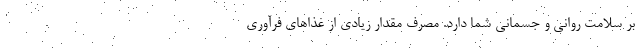
بر سلامت روانی و جسمانی شما دارد. مصرف مقدار زیادی از غذاهای فرآوری